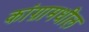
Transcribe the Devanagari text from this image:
कांग्रामधील